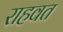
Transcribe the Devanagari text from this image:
राहवत